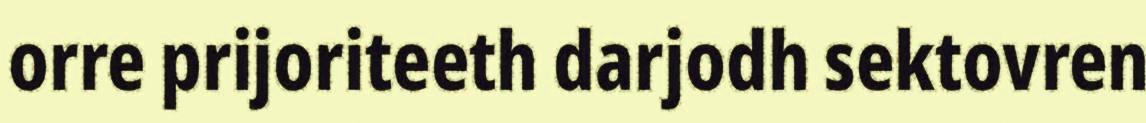
orre prijoriteeth darjodh sektovren